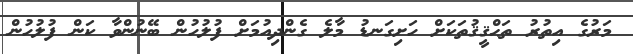
މަރުގެ އިތުރު ތަޙްޤީޤުތަކަށް ހަށިގަނޑު މާލެ ގެންދިއުމަށް ފުލުހުން ބޭނުންވާ ކަން ފުލުހުން